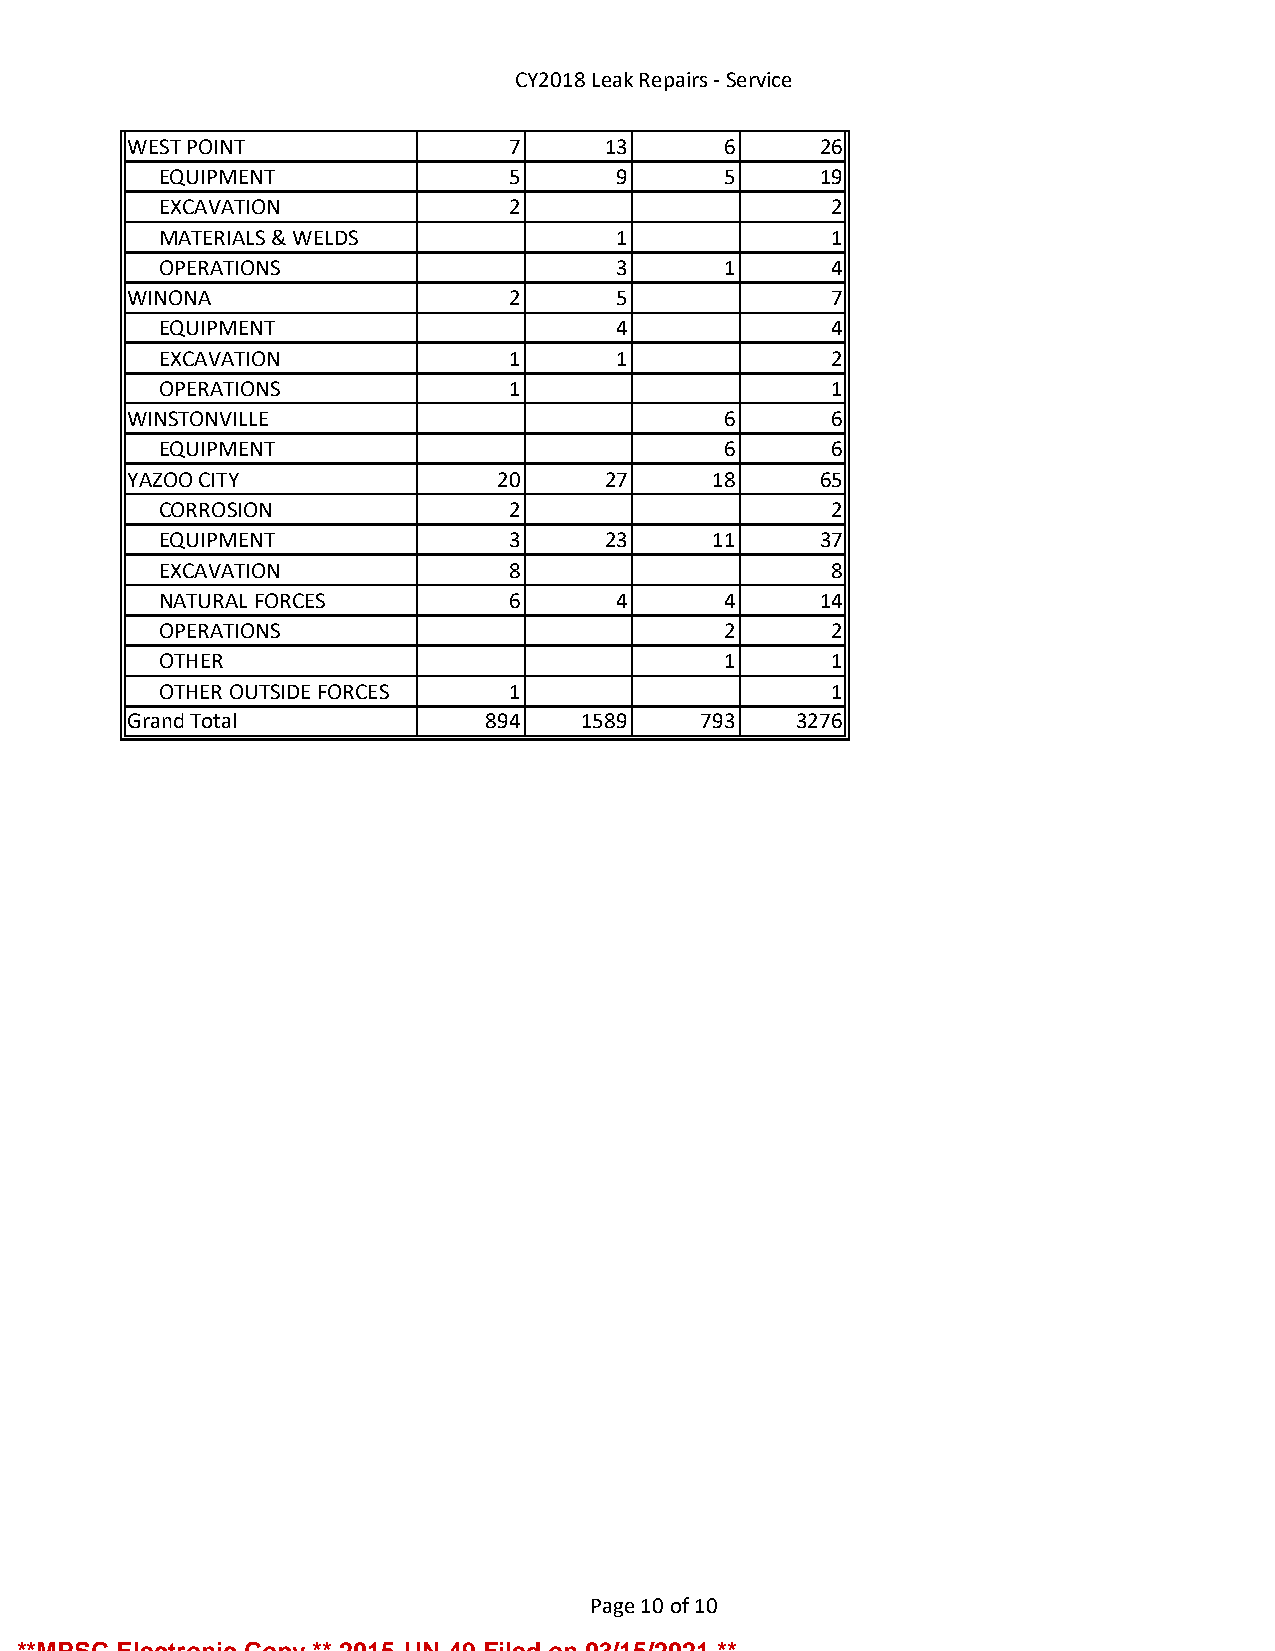
CY2018 Leak Repairs - Service
 WEST POINT               7     13      6     26
 EQUIPMENT              5      9      5     19
 EXCAVATION             2                    2
 MATERIALS & WELDS             1             1
 OPERATIONS                    3      1      4
 WINONA                   2      5             7
 EQUIPMENT                     4             4
 EXCAVATION             1      1             2
 OPERATIONS             1                    1
 WINSTONVILLE                           6      6
 EQUIPMENT                            6      6
 YAZOO CITY              20     27     18     65
 CORROSION              2                    2
 EQUIPMENT              3     23     11     37
 EXCAVATION             8                    8
 NATURAL FORCES         6      4      4     14
 OPERATIONS                           2      2
 OTHER                                1      1
 OTHER OUTSIDE FORCES   1                    1
 Grand Total            894    1589    793   3276
 Page 10 of 10
 **MPSC Electronic Copy ** 2015-UN-49 Filed on 03/15/2021 **